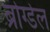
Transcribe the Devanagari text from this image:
ब्रोग्डेल